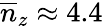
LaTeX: \overline{{n}}_{z}\approx 4.4